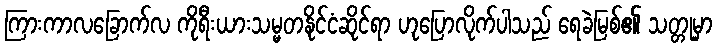
ကြားကာလခြောက်လ ကိုရီးယားသမ္မတနိုင်ငံဆိုင်ရာ ဟုပြောလိုက်ပါသည် ရေခဲမြစ်၏ သတ္တုမှာ